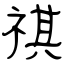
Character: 祺